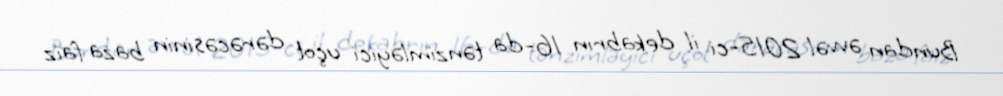
Bundan əvvəl 2015-ci il dekabrın 16-da tənzimləyici uçot dərəcəsinin baza faiz